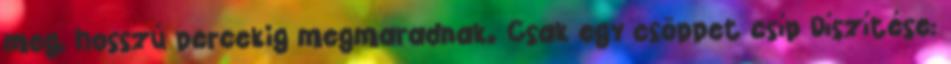
meg, hosszú percekig megmaradnak. Csak egy csöppet csíp Díszítése: